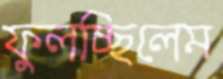
ফুলচ্ছিলেম